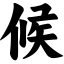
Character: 候